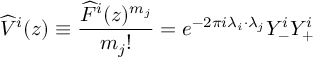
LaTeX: \widehat { V } ^ { i } ( z ) \equiv \frac { \widehat { F } ^ { i } ( z ) ^ { m _ { j } } } { m _ { j } ! } = e ^ { - 2 \pi i \lambda _ { i } \cdot \lambda _ { j } } Y _ { - } ^ { i } Y _ { + } ^ { i }